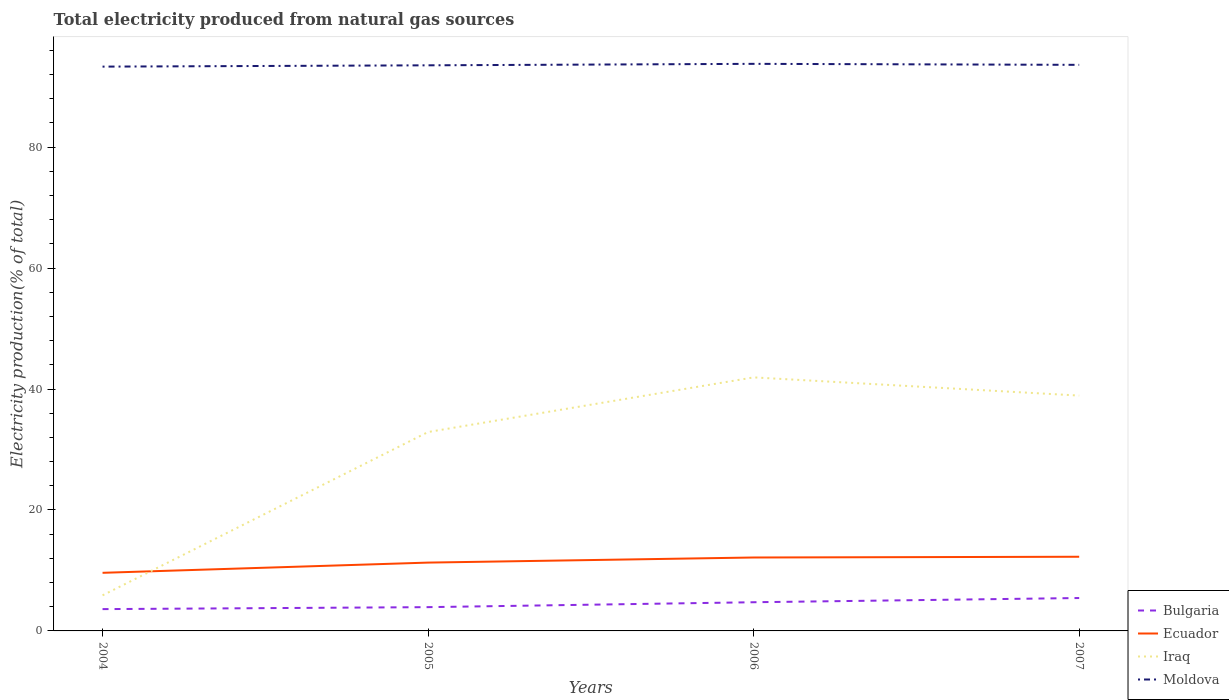
| Years | Bulgaria | Ecuador | Iraq | Moldova |
 | --- | --- | --- | --- | --- |
 | 2004 | 3.61 | 9.61 | 5.88 | 93.3 |
 | 2005 | 3.93 | 11.3 | 32.9 | 93.5 |
 | 2006 | 4.74 | 12.1 | 41.9 | 93.8 |
 | 2007 | 5.44 | 12.3 | 38.9 | 93.6 |